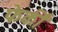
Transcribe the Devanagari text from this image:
फेकीं